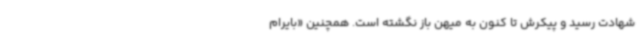
شهادت رسید و پیکرش تا کنون به میهن باز نگشته است. همچنین «بایرام